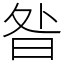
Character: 昝